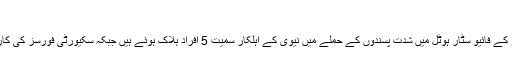
اترپردیش میں 14، ہریانہ میں 10، بہار میں 9،…
کوئٹہ — پاکستان کے صوبہ بلوچستان کے ساحلی شہر گوادر کے فائیو سٹار ہوٹل میں شدت پسندوں کے حملے میں نیوی کے اہلکار سمیت 5 افراد ہلاک ہوئے ہیں جبکہ سکیورٹی فورسز کی کارروائی کے دوران تینوں حملہ آوروں کو ہلاک کر دیا گیا ہے۔